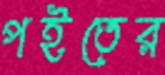
পইতের